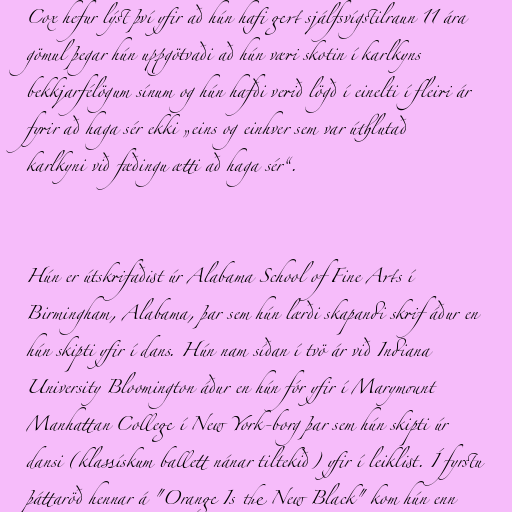
Cox hefur lýst því yfir að hún hafi gert sjálfsvígstilraun 11 ára
gömul þegar hún uppgötvaði að hún væri skotin í karlkyns
bekkjarfélögum sínum og hún hafði verið lögð í einelti í fleiri ár
fyrir að haga sér ekki „eins og einhver sem var úthlutað
karlkyni við fæðingu ætti að haga sér“.

Hún er útskrifaðist úr Alabama School of Fine Arts í
Birmingham, Alabama, þar sem hún lærði skapandi skrif áður en
hún skipti yfir í dans. Hún nam síðan í tvö ár við Indiana
University Bloomington áður en hún fór yfir í Marymount
Manhattan College í New York-borg þar sem hún skipti úr
dansi (klassískum ballett nánar tiltekið) yfir í leiklist. Í fyrstu
þáttaröð hennar á "Orange Is the New Black" kom hún enn